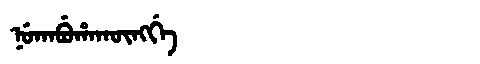
Manchu: ᠨᡠᡴᠠᠪᡠᡥᠠᡴᡡᠩᡤᡝ
Romanization: NUKABUHAKŪNGGE